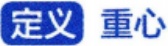
定义 重心